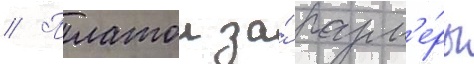
// Платои за́ разм'е́ры